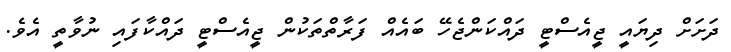
ދަށަށް ދިޔައީ ޖީއެސްޓީ ދައްކަންޖެހޭ ބައެއް ފަރާތްތަކުން ޖީއެސްޓީ ދައްކާފައި ނުވާތީ އެވެ.